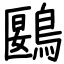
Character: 鶠